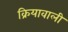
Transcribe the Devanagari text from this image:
क्रियावाली